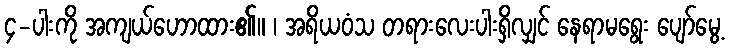
၄-ပါးကို အကျယ်ဟောထား၏။ ၊ အရိယဝံသ တရားလေးပါးရှိလျှင် နေရာမရွေး ပျော်မွေ့